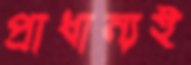
প্রাধান্যই